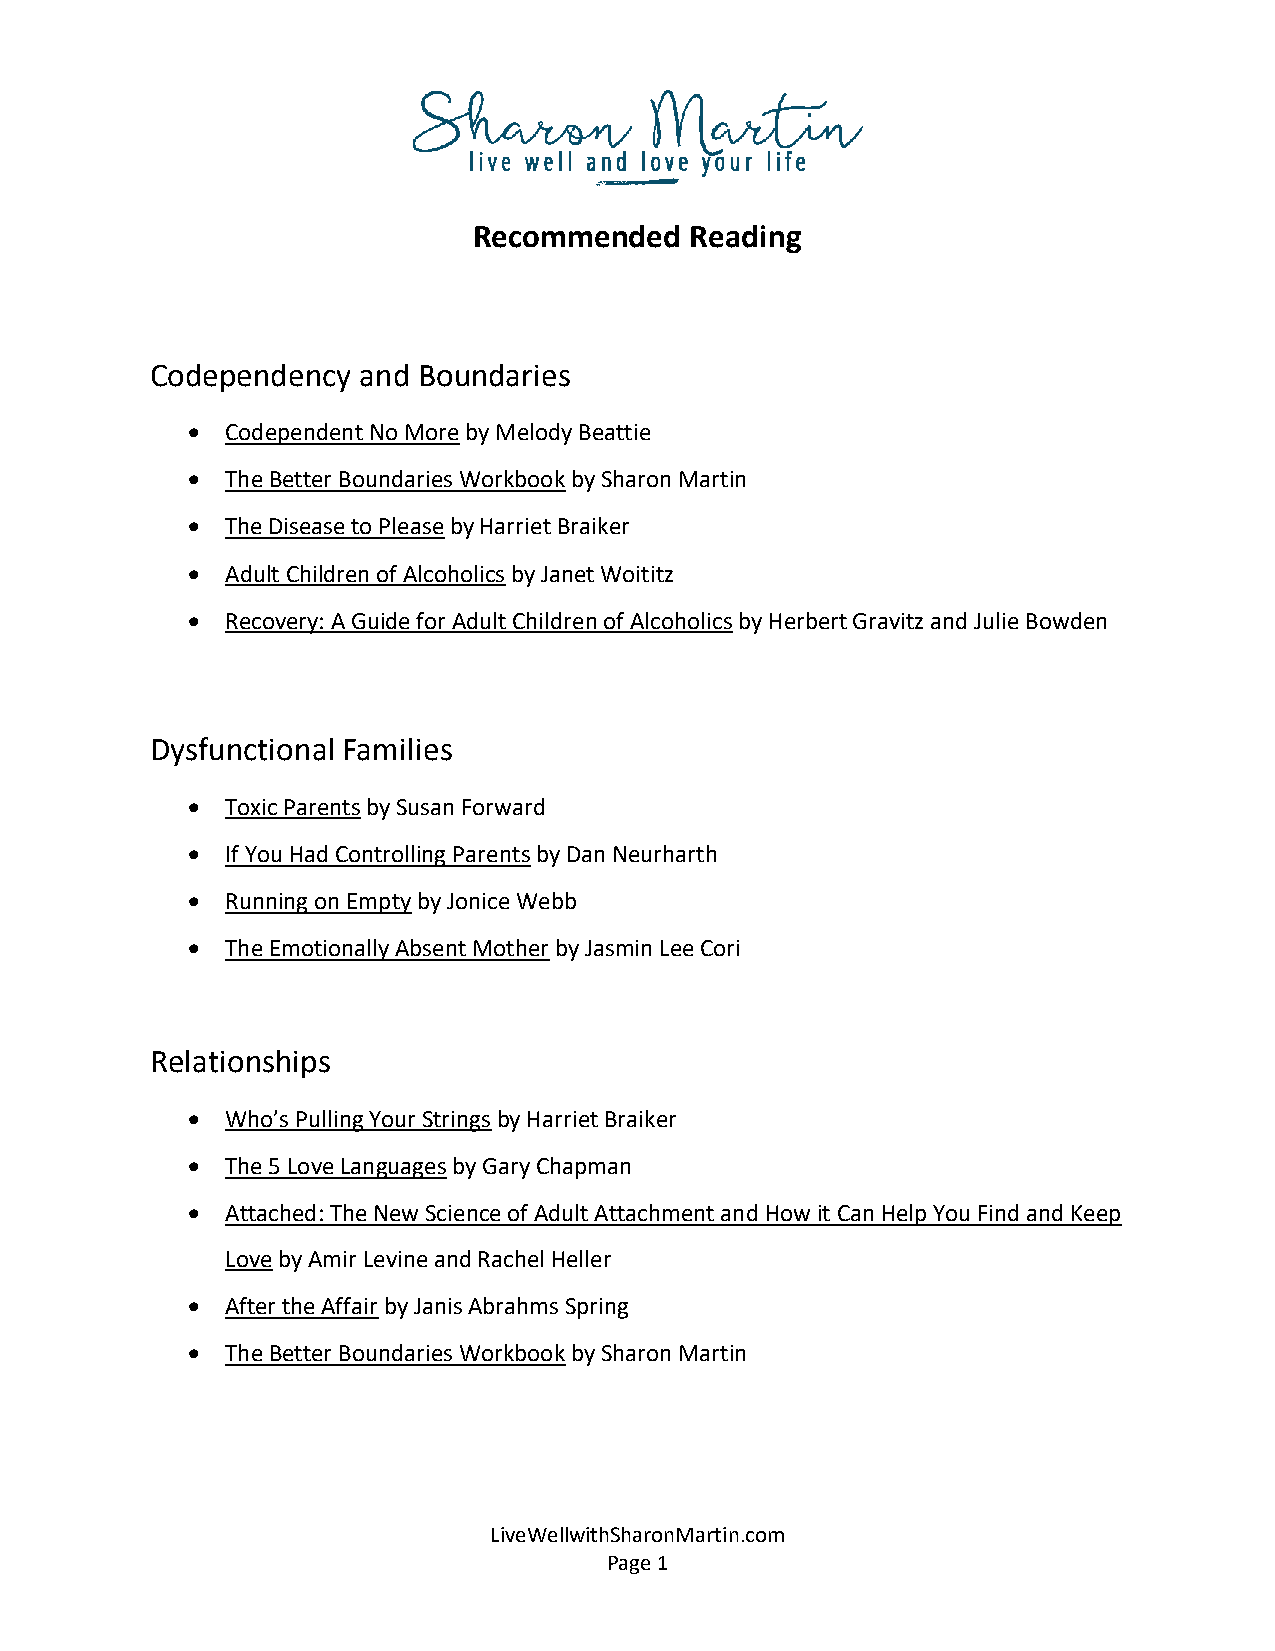
Recommended    Reading
 Codependency  and Boundaries
 •  Codependent No More by Melody Beattie
 •  The Better Boundaries Workbook by Sharon Martin
 •  The Disease to Please by Harriet Braiker
 •  Adult Children of Alcoholics by Janet Woititz
 •  Recovery: A Guide for Adult Children of Alcoholics by Herbert Gravitz and Julie Bowden
 Dysfunctional Families
 •  Toxic Parents by Susan Forward
 •  If You Had Controlling Parents by Dan Neurharth
 •  Running on Empty by Jonice Webb
 •  The Emotionally Absent Mother by Jasmin Lee Cori
 Relationships
 •  Who’s Pulling Your Strings by Harriet Braiker
 •  The 5 Love Languages by Gary Chapman
 •  Attached: The New Science of Adult Attachment and How it Can Help You Find and Keep
 Love by Amir Levine and Rachel Heller
 •  After the Affair by Janis Abrahms Spring
 •  The Better Boundaries Workbook by Sharon Martin
 LiveWellwithSharonMartin.com
 Page 1